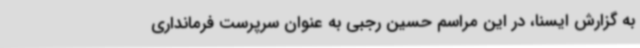
به گزارش ایسنا، در این مراسم حسین رجبی به عنوان سرپرست فرمانداری